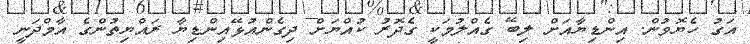
އަގު ހެޔޮވުން. އިންޑިޔާއަށް ލިބޭ ގެއްލުމަކީ ގެދޮރު ކުއްޔަށް ދިގެންއުޅޭއިންޑިޔާ ރައްޔިތުންގެ އާމްދަނީ